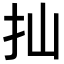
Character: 𢩳